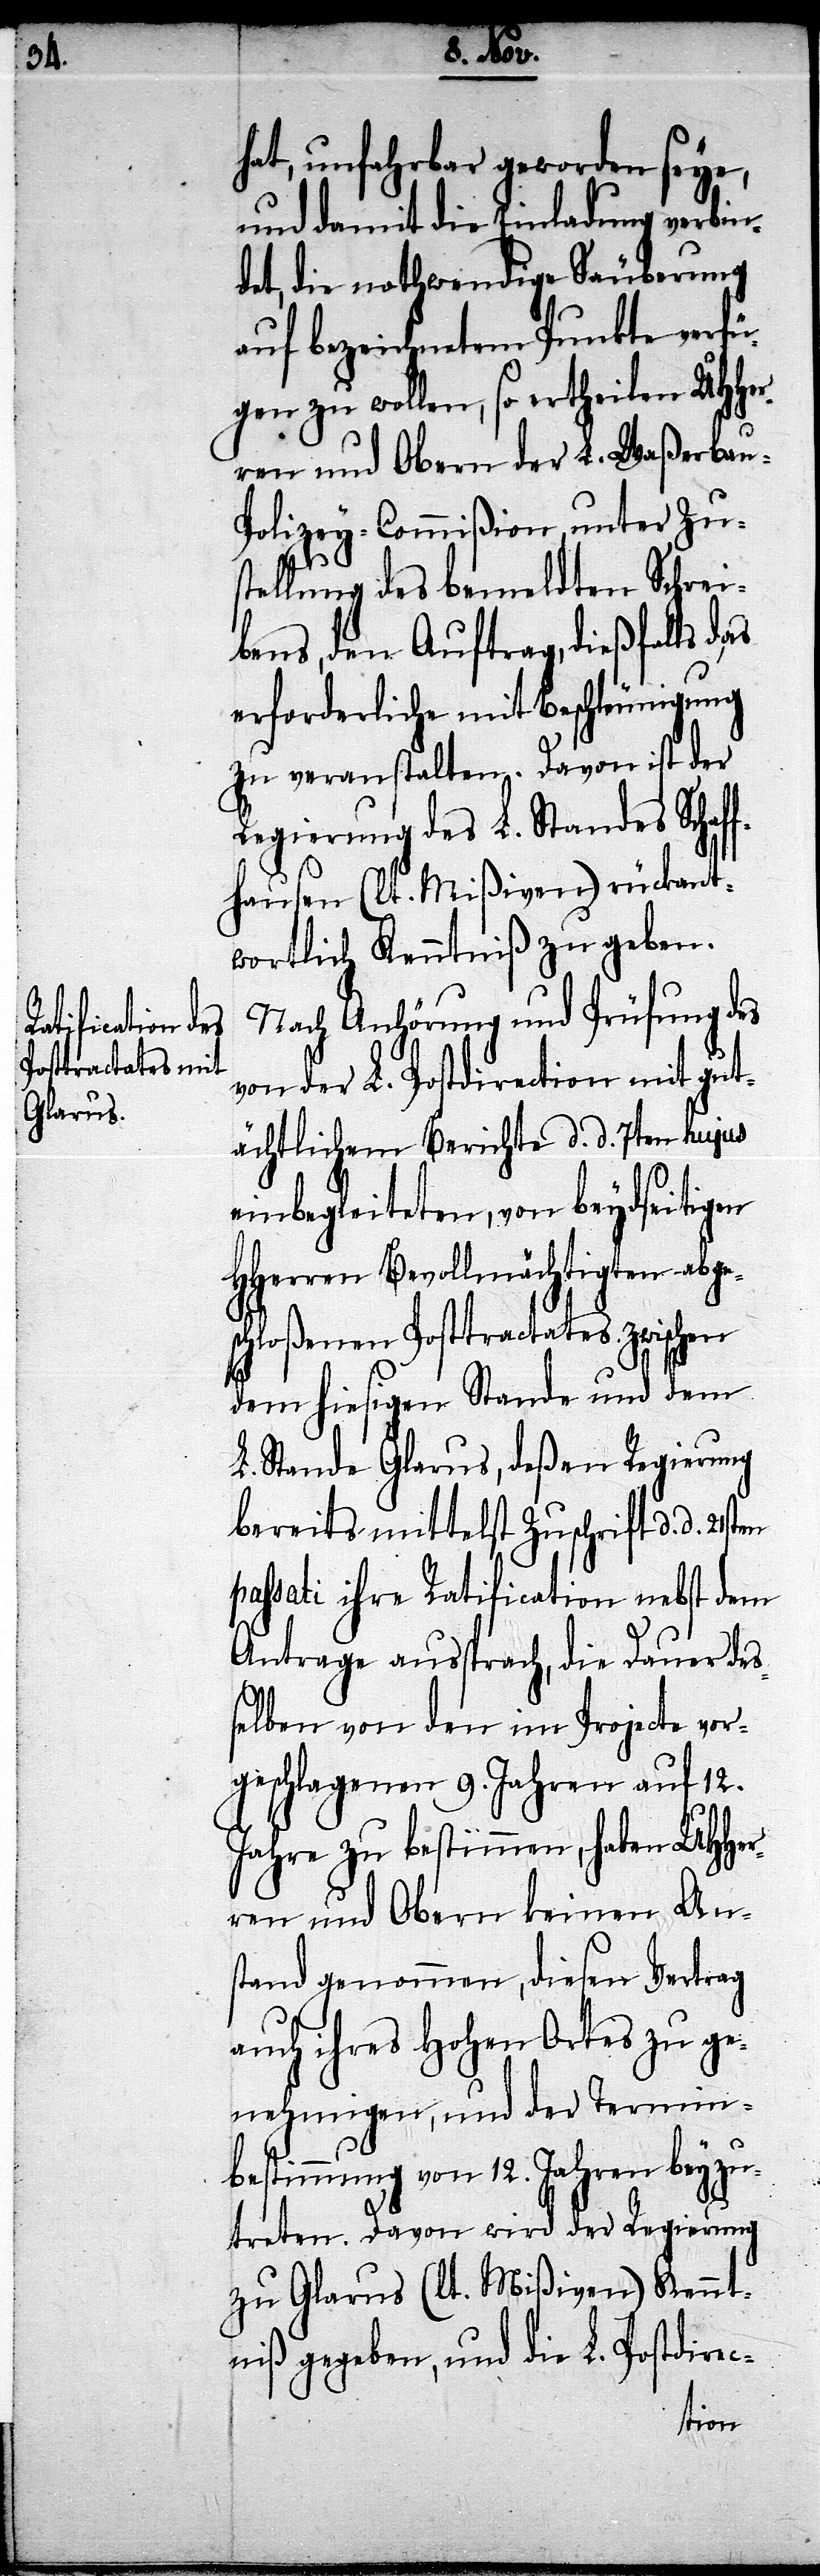
hat, unfahrbar geworden seye,
und damit die Einladung verbin¬
det, die nothwendige Säuberung
auf bezeichnetem Punkte verfü¬
gen zu wollen, so ertheilen UHHe¬
rren und Obern der L. Waßerbau-P¬
olizey-Commißion unter Zus¬
tellung des bemeldten Schrei¬
bens, den Auftrag, dießfalls das
erforderliche mit Beschleunigung
zu veranstalten. Davon ist der
Regierung des L. Standes Schaf¬
fhausen (lt. Mißiven) rückant¬
wortlich Kenntniß zu geben.
Nach Anhörung und Prüfung des
der L. Postdirection mit gut¬
ächtlichem Berichte d. d. 7ten hujus
einbegleiteten, von beydseitigen
HHerren Bevollmächtigten abge¬
schloßenen Posttractates zwischen
dem hiesigen Stande und dem
L. Stande Glarus, deßen Regierung
bereits mittelst Zuschrift d. d. 21sten
passati ihre Ratification nebst dem
Antrage aussprach, die Dauer des¬
selben von den im Projecte vor¬
geschlagenen 9. Jahren auf 12.
Jahre zu bestimmen, haben UHHer¬
ren und Obern keinen Ans¬
tand genommen, diesen Vertrag
auch ihres hohen Ortes zu ge¬
nehmigen, und der Termin¬
bestimmung von 12. Jahren beyzu¬
treten. Davon wird der Regierung
zu Glarus (lt. Mißiven) Kennt¬
niß gegeben, und die L. Postdirec-